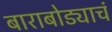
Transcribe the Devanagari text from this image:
बाराबोड्याचं